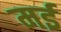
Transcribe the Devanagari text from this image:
मर्इ